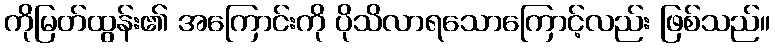
ကိုမြတ်ထွန်း၏ အကြောင်းကို ပိုသိလာရသောကြောင့်လည်း ဖြစ်သည်။